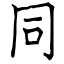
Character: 同